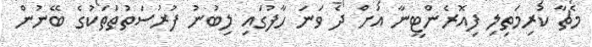
މެޗާ ކުރިމަތިލި ފިއޮރެންޓީނާ އަށް ދެ ވަނަ ހާފުގައި ލިބުނު ފުރުސަތުތަތަކުގެ ބޭނުން